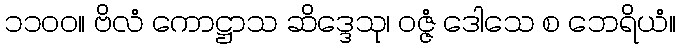
၁၁၀၀။ ဗိလံ ကောဋ္ဌာသ ဆိဒ္ဒေသု၊ ဝဇ္ဇံ ဒေါသေ စ ဘေရိယံ။